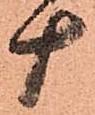
十